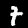
Label: 7